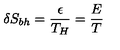
\delta S _ { b h } = \frac { \epsilon } { T _ { H } } = \frac { E } { T }